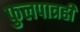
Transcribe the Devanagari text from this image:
फुलपात्रही